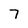
Character: 7